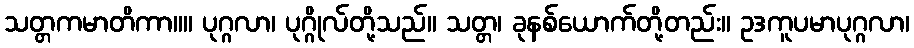
သတ္တကမာတိကာ။။ ပုဂ္ဂလာ၊ ပုဂ္ဂိုလ်တို့သည်။ သတ္တ၊ ခုနစ်ယောက်တို့တည်း။ ဥဒကူပမာပုဂ္ဂလာ၊